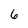
Character: 6